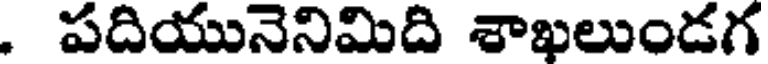
. పదియునెనిమిది శాఖలుండగ